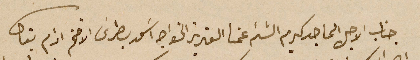
جناب الاجل الماجد كريم الشئم عمنا العزيز الخواجه اسَعد بطرسَ الافخم ادام بقاه